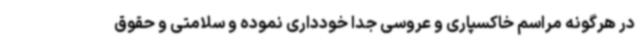
در هرگونه مراسم خاکسپاری و عروسی جداً خودداری نموده و سلامتی و حقوق